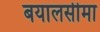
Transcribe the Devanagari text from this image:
बयालसीमा